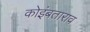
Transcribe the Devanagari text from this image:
कोइंबताराव